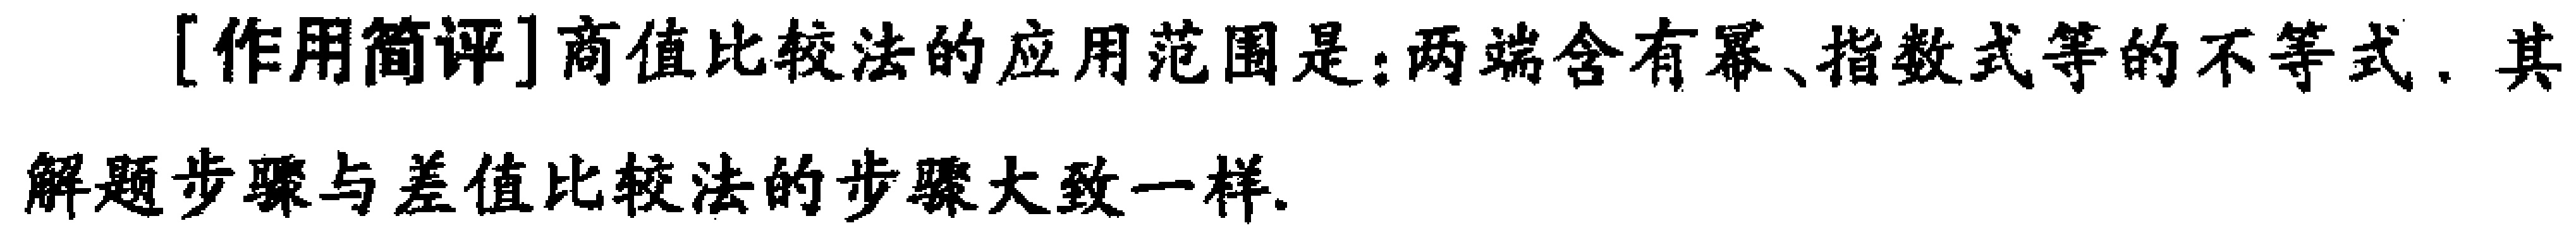
[作用简评]商值比较法的应用范围是：两端含有幂、指数式等的不等式. 其

解题步骤与差值比较法的步骤大致一样.